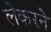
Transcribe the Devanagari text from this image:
लेकरने